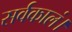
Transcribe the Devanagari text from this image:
सर्वकालं।